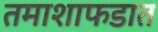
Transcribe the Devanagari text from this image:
तमाशाफडात